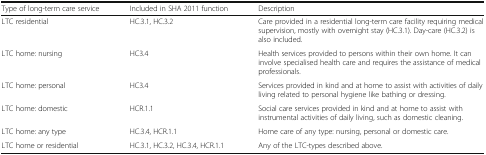
<table><thead><tr><td><b>Type of long-term care service</b></td><td><b>Included in SHA 2011 function</b></td><td><b>Description</b></td></tr></thead><tbody><tr><td>LTC residential</td><td>HC.3.1, HC.3.2</td><td>Care provided in a residential long-term care facility requiring medical supervision, mostly with overnight stay (HC.3.1). Day-care (HC.3.2) is also included.</td></tr><tr><td>LTC home: nursing</td><td>HC3.4</td><td>Health services provided to persons within their own home. It can involve specialised health care and requires the assistance of medical professionals.</td></tr><tr><td>LTC home: personal</td><td>HC3.4</td><td>Services provided in kind and at home to assist with activities of daily living related to personal hygiene like bathing or dressing.</td></tr><tr><td>LTC home: domestic</td><td>HCR.1.1</td><td>Social care services provided in kind and at home to assist with instrumental activities of daily living, such as domestic cleaning.</td></tr><tr><td>LTC home: any type</td><td>HC.3.4, HCR.1.1</td><td>Home care of any type: nursing, personal or domestic care.</td></tr><tr><td>LTC home or residential</td><td>HC.3.1, HC.3.2, HC.3.4, HCR.1.1</td><td>Any of the LTC-types described above.</td></tr></tbody></table>